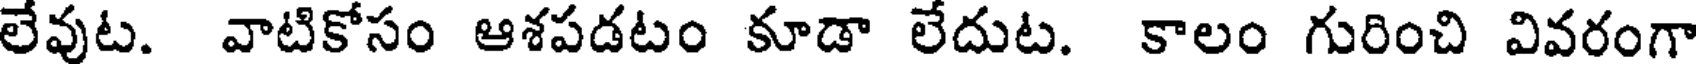
లేవుట. వాటికోసం ఆశపడటం కూడా లేదుట. కాలం గురించి వివరంగా